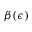
\beta ( \epsilon )